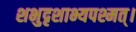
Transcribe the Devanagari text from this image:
शभुदृशाभ्यपश्मत्।